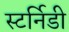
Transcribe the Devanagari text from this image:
स्टर्निडी